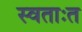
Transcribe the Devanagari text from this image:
स्वताःत